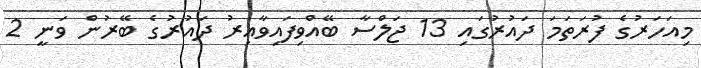
މިއަހަރުގެ ފުރަތަމަ ދައުރުގައި 13 ޖަލްސާ ބޭއްވިފައިވާއިރު ދައުރުގެ ބޭރުން ވަނީ 2